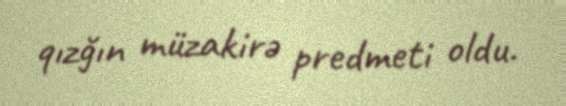
qızğın müzakirə predmeti oldu.